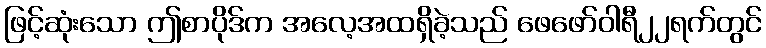
ဖြင့်ဆုံးသော ဤစာပိုဒ်က အလေ့အထရှိခဲ့သည် ဖေဖော်ဝါရီ၂၂ရက်တွင်